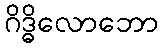
ဂိဒ္ဓိလောဘော